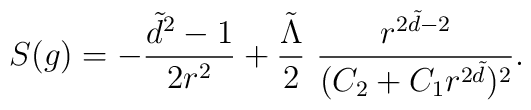
S(g)= -\frac{\tilde{d}^2-1}{2r^2} + \frac{\tilde{\Lambda}}{2}\  \frac{ r^{ 2\tilde{d}-2 } }{ (C_2 + C_1 r^{2\tilde{d}})^2 }.